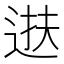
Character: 𫐧